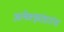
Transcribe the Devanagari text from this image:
अलेक्झांडरांना